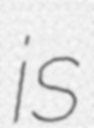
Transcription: is